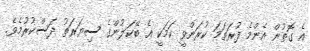
އެ ގޮތުން އެންމެ ފުރަތަމަ ކުރަންވީ ކަމަކީ އެ ބޭކަލުންގެ ސިޔަރަތު ދަސްކުރުމެވެ.